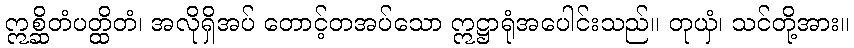
ဣစ္ဆိတံပတ္ထိတံ၊ အလိုရှိအပ် တောင့်တအပ်သော ဣဋ္ဌာရုံအပေါင်းသည်။ တုယှံ၊ သင်တို့အား။